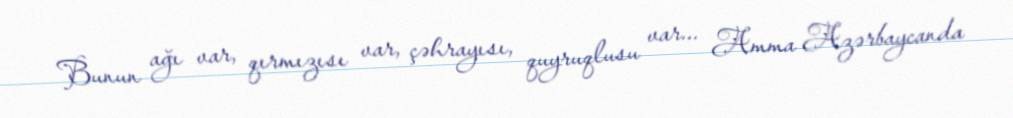
Bunun ağı var, qırmızısı var, çəhrayısı, quyruqlusu var... Amma Azərbaycanda